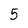
Character: 5